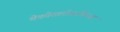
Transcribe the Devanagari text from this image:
चेकोसलोवाकिआ